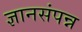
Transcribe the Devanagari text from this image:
ज्ञानसंपन्न